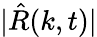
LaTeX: |\hat{R}(k,t)|